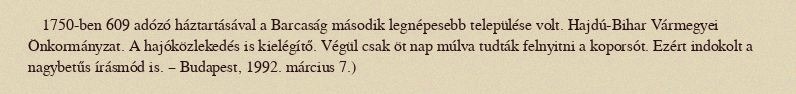
1750-ben 609 adózó háztartásával a Barcaság második legnépesebb települése volt. Hajdú-Bihar Vármegyei Önkormányzat. A hajóközlekedés is kielégítő. Végül csak öt nap múlva tudták felnyitni a koporsót. Ezért indokolt a nagybetűs írásmód is. – Budapest, 1992. március 7.)